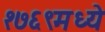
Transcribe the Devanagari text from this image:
१७६९मध्ये